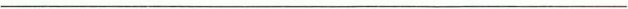
___